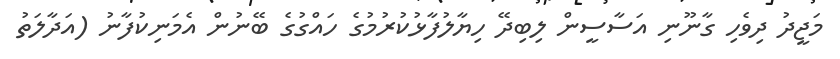
މަޖީދު ދިވެހި ގާނޫނި އަސާސީން ލިބިދޭ ހިޔާލުފާޅުކުރުމުގެ ހައްގުގެ ބޭނުން އެމަނިކުފާނު (އަދާލަތު